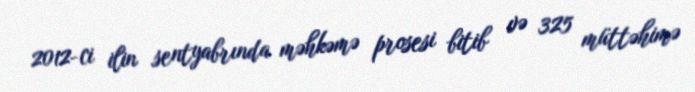
2012-ci ilin sentyabrında məhkəmə prosesi bitib və 325 müttəhimə